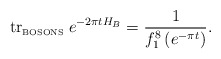
\begin{align*}\mbox{tr}_{\mbox{\tiny BOSONS}}\; e^{-2\pi t H_B} = \frac{1}{f_1 ^8\left( e^{-\pi t}\right)}.\end{align*}